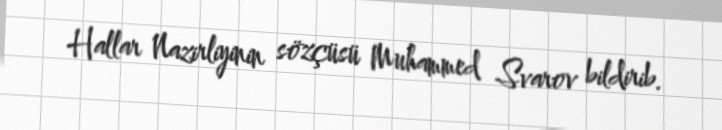
Hallar Nazirliyinin sözçüsü Muhammed Svarov bildirib.